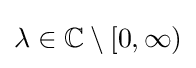
\lambda \in \mathbb {C} \setminus [0,\infty )